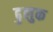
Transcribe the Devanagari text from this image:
ढुलुक